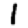
Digit: 1